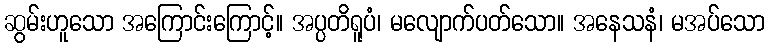
ဆွမ်းဟူသော အကြောင်းကြောင့်။ အပ္ပတိရူပံ၊ မလျောက်ပတ်သော။ အနေသနံ၊ မအပ်သော